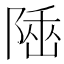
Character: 𨺭